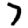
Digit: 7